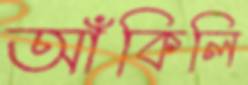
আঁকিলি